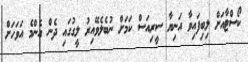
ކޯސްޓާއަށް ލިބިފައިވާ އަނިޔާ ސީރިއަސް ކަމަށް ނުބެލެވޭއިރު ލީގުގައި ދެން އެންމެ އަވަހަށް